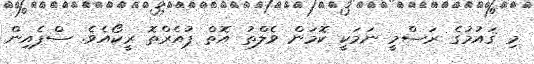
މި ޤައުމުގެ ރަސްމީ ނަމަކީ ކޮމަން ވެލްތު އޮތް ޕުއެރްތޮ ރީކޯއެވެ. ސްޕެއިން